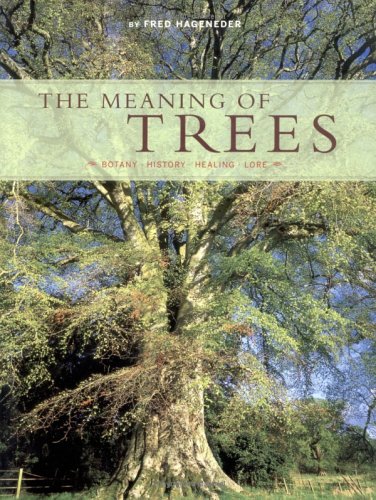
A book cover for The Meaning of Trees: Botany, History, Healing, Lore; Fred Hageneder; Crafts, Hobbies & Home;